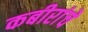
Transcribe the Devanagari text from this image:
कबीरांचे